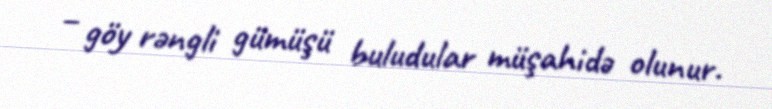
– göy rəngli gümüşü buludular müşahidə olunur.